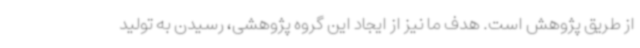
از طریق پژوهش است. هدف ما نیز از ایجاد این گروه پژوهشی، رسیدن به تولید